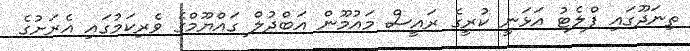
ތިނަދޫގައި ފްލެޓު އަޅަނީ ކުރީގެ ރައީސް މައުމޫން އަބްދުލް ގައްޔޫމްގެ ވެރިކަމުގައި އެރަށުގެ